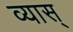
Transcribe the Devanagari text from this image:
व्यास्